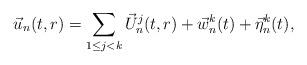
LaTeX: \begin{align*} \vec u_{n}(t,r) = \sum_{1\le j<k} \vec U^j_{ n}(t, r) + \vec w_{n}^k(t) + \vec{\eta}_{n}^k(t), \end{align*}